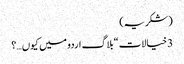
(شکریہ)
3 خیالات “بلاگ اردو میں کیوں…؟